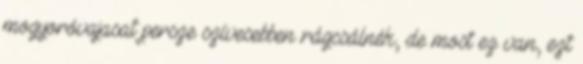
mogyoróvajasat persze szívesebben rágcsálnék, de most ez van, ezt